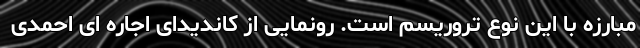
مبارزه با این نوع تروریسم است. رونمایی از کاندیدای اجاره ای احمدی